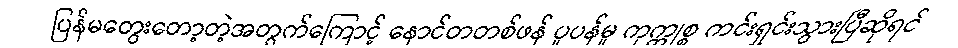
ပြန်မတွေးတော့တဲ့အတွက်ကြောင့် နောင်တတစ်ဖန် ပူပန်မှု ကုက္ကုစ္စ ကင်းရှင်းသွားပြီဆိုရင်